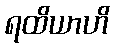
ရထိယာဟိ